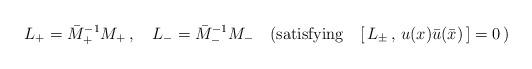
LaTeX: \begin{align*}L_+={\bar M}^{-1}_+M_+\,,\quad L_-={\bar M}_-^{-1}M_-\quad ({\rm satisfying}\quad [\,L_\pm\,,\,u(x){\bar u}(\bar x )\,]=0\,)\end{align*}